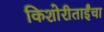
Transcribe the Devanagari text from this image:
किशोरीताईंचा